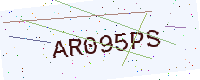
Text: AR095PS